Leaving Certificate Examination (including Day School Certificate (Higher) General paper), 1934
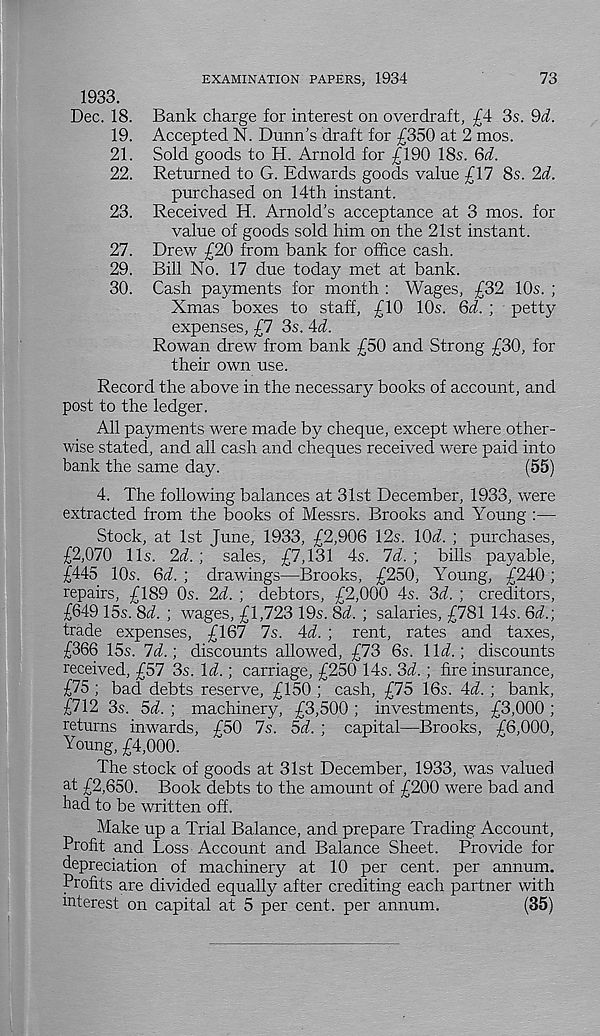
EXAMINATION PAPERS, 1934
73
1933.
Dec. 18. Bank charge for interest on overdraft, £4 35. §d.
19. Accepted N. Dunn’s draft for £350 at 2 mos.
21. Sold goods to H. Arnold for £190 18s. Qd.
22. Returned to G. Edwards goods value £17 8s. 2d.
purchased on 14th instant.
23. Received H. Arnold’s acceptance at 3 mos. for
value of goods sold him on the 21st instant.
27. Drew £20 from bank for office cash.
29. Bill No. 17 due today met at bank.
30. Cash payments for month : Wages, £32 10s. ;
Xmas boxes to staff, £10 10s. Qd. ; petty
expenses, £7 3sAd.
Rowan drew from bank £50 and Strong £30, for
their own use.
Record the above in the necessary books of account, and
post to the ledger.
All payments were made by cheque, except where other-
wise stated, and all cash and cheques received were paid into
bank the same day.
(55)
4. The following balances at 31st December, 1933, were
extracted from the books of Messrs. Brooks and Young :—
Stock, at 1st June, 1933, £2,906 12s. lOd. ; purchases,
£2,070 11s. 2d. ; sales, £7,131 4s. Id. ; bills payable,
£445 10s. Qd. ; drawings—Brooks, £250, Young, £240 ;
repairs, £189 0s. 2d. ; debtors, £2,000 4s. 3d. ; creditors,
£649 15s. 8d. ; wages, £1,723 19s. 8d. ; salaries, £781 14s. 6d.;
trade expenses, £167 7s. 4d. ; rent, rates and taxes,
£366 15s. 7d.; discounts allowed, £73 6s. lid.; discounts
received, £57 3s. id.; carriage, £250 14s. 3d.; fire insurance,
£75 ; bad debts reserve, £150 ; cash, £75 16s. 4d. ; bank,
£712 3s. 5d. ; machinery, £3,500 ; investments, £3,000 ;
returns inwards, £50 7s. 5d. ; capital—Brooks, £6,000,
Young, £4,000.
The stock of goods at 31st December, 1933, was valued
at £2,650. Book debts to the amount of £200 were bad and
had to be written off.
Make up a Trial Balance, and prepare Trading Account,
Profit and Loss Account and Balance Sheet. Provide for
depreciation of machinery at 10 per cent, per annum.
Profits are divided equally after crediting each partner with
interest on capital at 5 per cent, per annum.
(35)